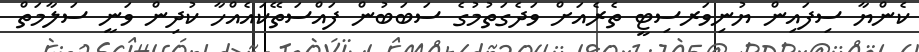
ކެންޔާ ސިފައިން ޔުނިވަރސިޓީ ތެރެއަށް ވަދެގަތުމުގެ ސަބަބުން ފައްސަތޭކައެއްހާ ކުދިން ވަނީ ސަލާމަތް